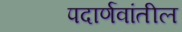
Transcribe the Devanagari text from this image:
पदार्णवांतील